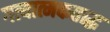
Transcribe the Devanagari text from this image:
गत्यात्मकताद्ध